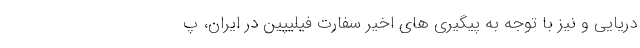
دریایی و نیز با توجه به پیگیری های اخیر سفارت فیلیپین در ایران، پ